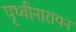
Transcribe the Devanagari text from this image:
पृथ्वीनारायन